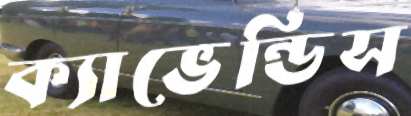
ক্যাভেন্ডিস